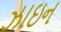
ઝાઇન